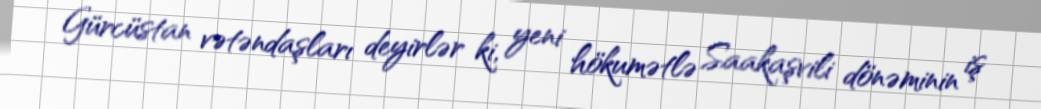
Gürcüstan vətəndaşları deyirlər ki, yeni hökumətlə Saakaşvili dönəminin iş